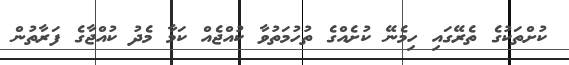
ކުށްތަކުގެ ތެރޭގައި ހިމެނޭ ކުށެއްގެ ތުހުމަތުވާ ކުއްޖެއް ކަމާ މެދު ކުއްޖާގެ ފަރާތުން